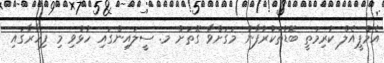
އެމްޕީއެލް ކުރިމަތީ ބޮޑުތަކުރުފާނު މަގަށްވާ ގޮތަށް މ. ސީލައިންގައި ހުޅުވި މި ފިހާރާގައި